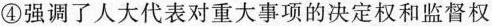
④强调了人大代表对重大事项的决定权和监督权